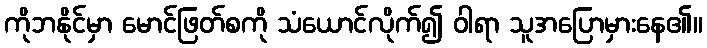
ကိုဘနိုင်မှာ မောင်ဖြတ်စကို သံယောင်လိုက်၍ ဝါရာ သူအပြောမှားနေ၏။